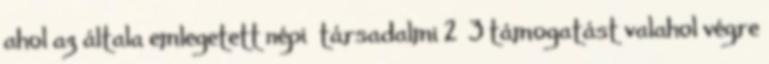
ahol az általa emlegetett népi társadalmi 2 3 támogatást valahol végre